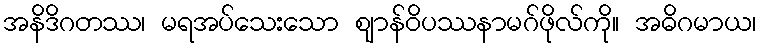
အနိဒိဂတဿ၊ မရအပ်သေးသော ဈာန်ဝိပဿနာမဂ်ဖိုလ်ကို။ အဓိဂမာယ၊